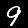
Digit: 9